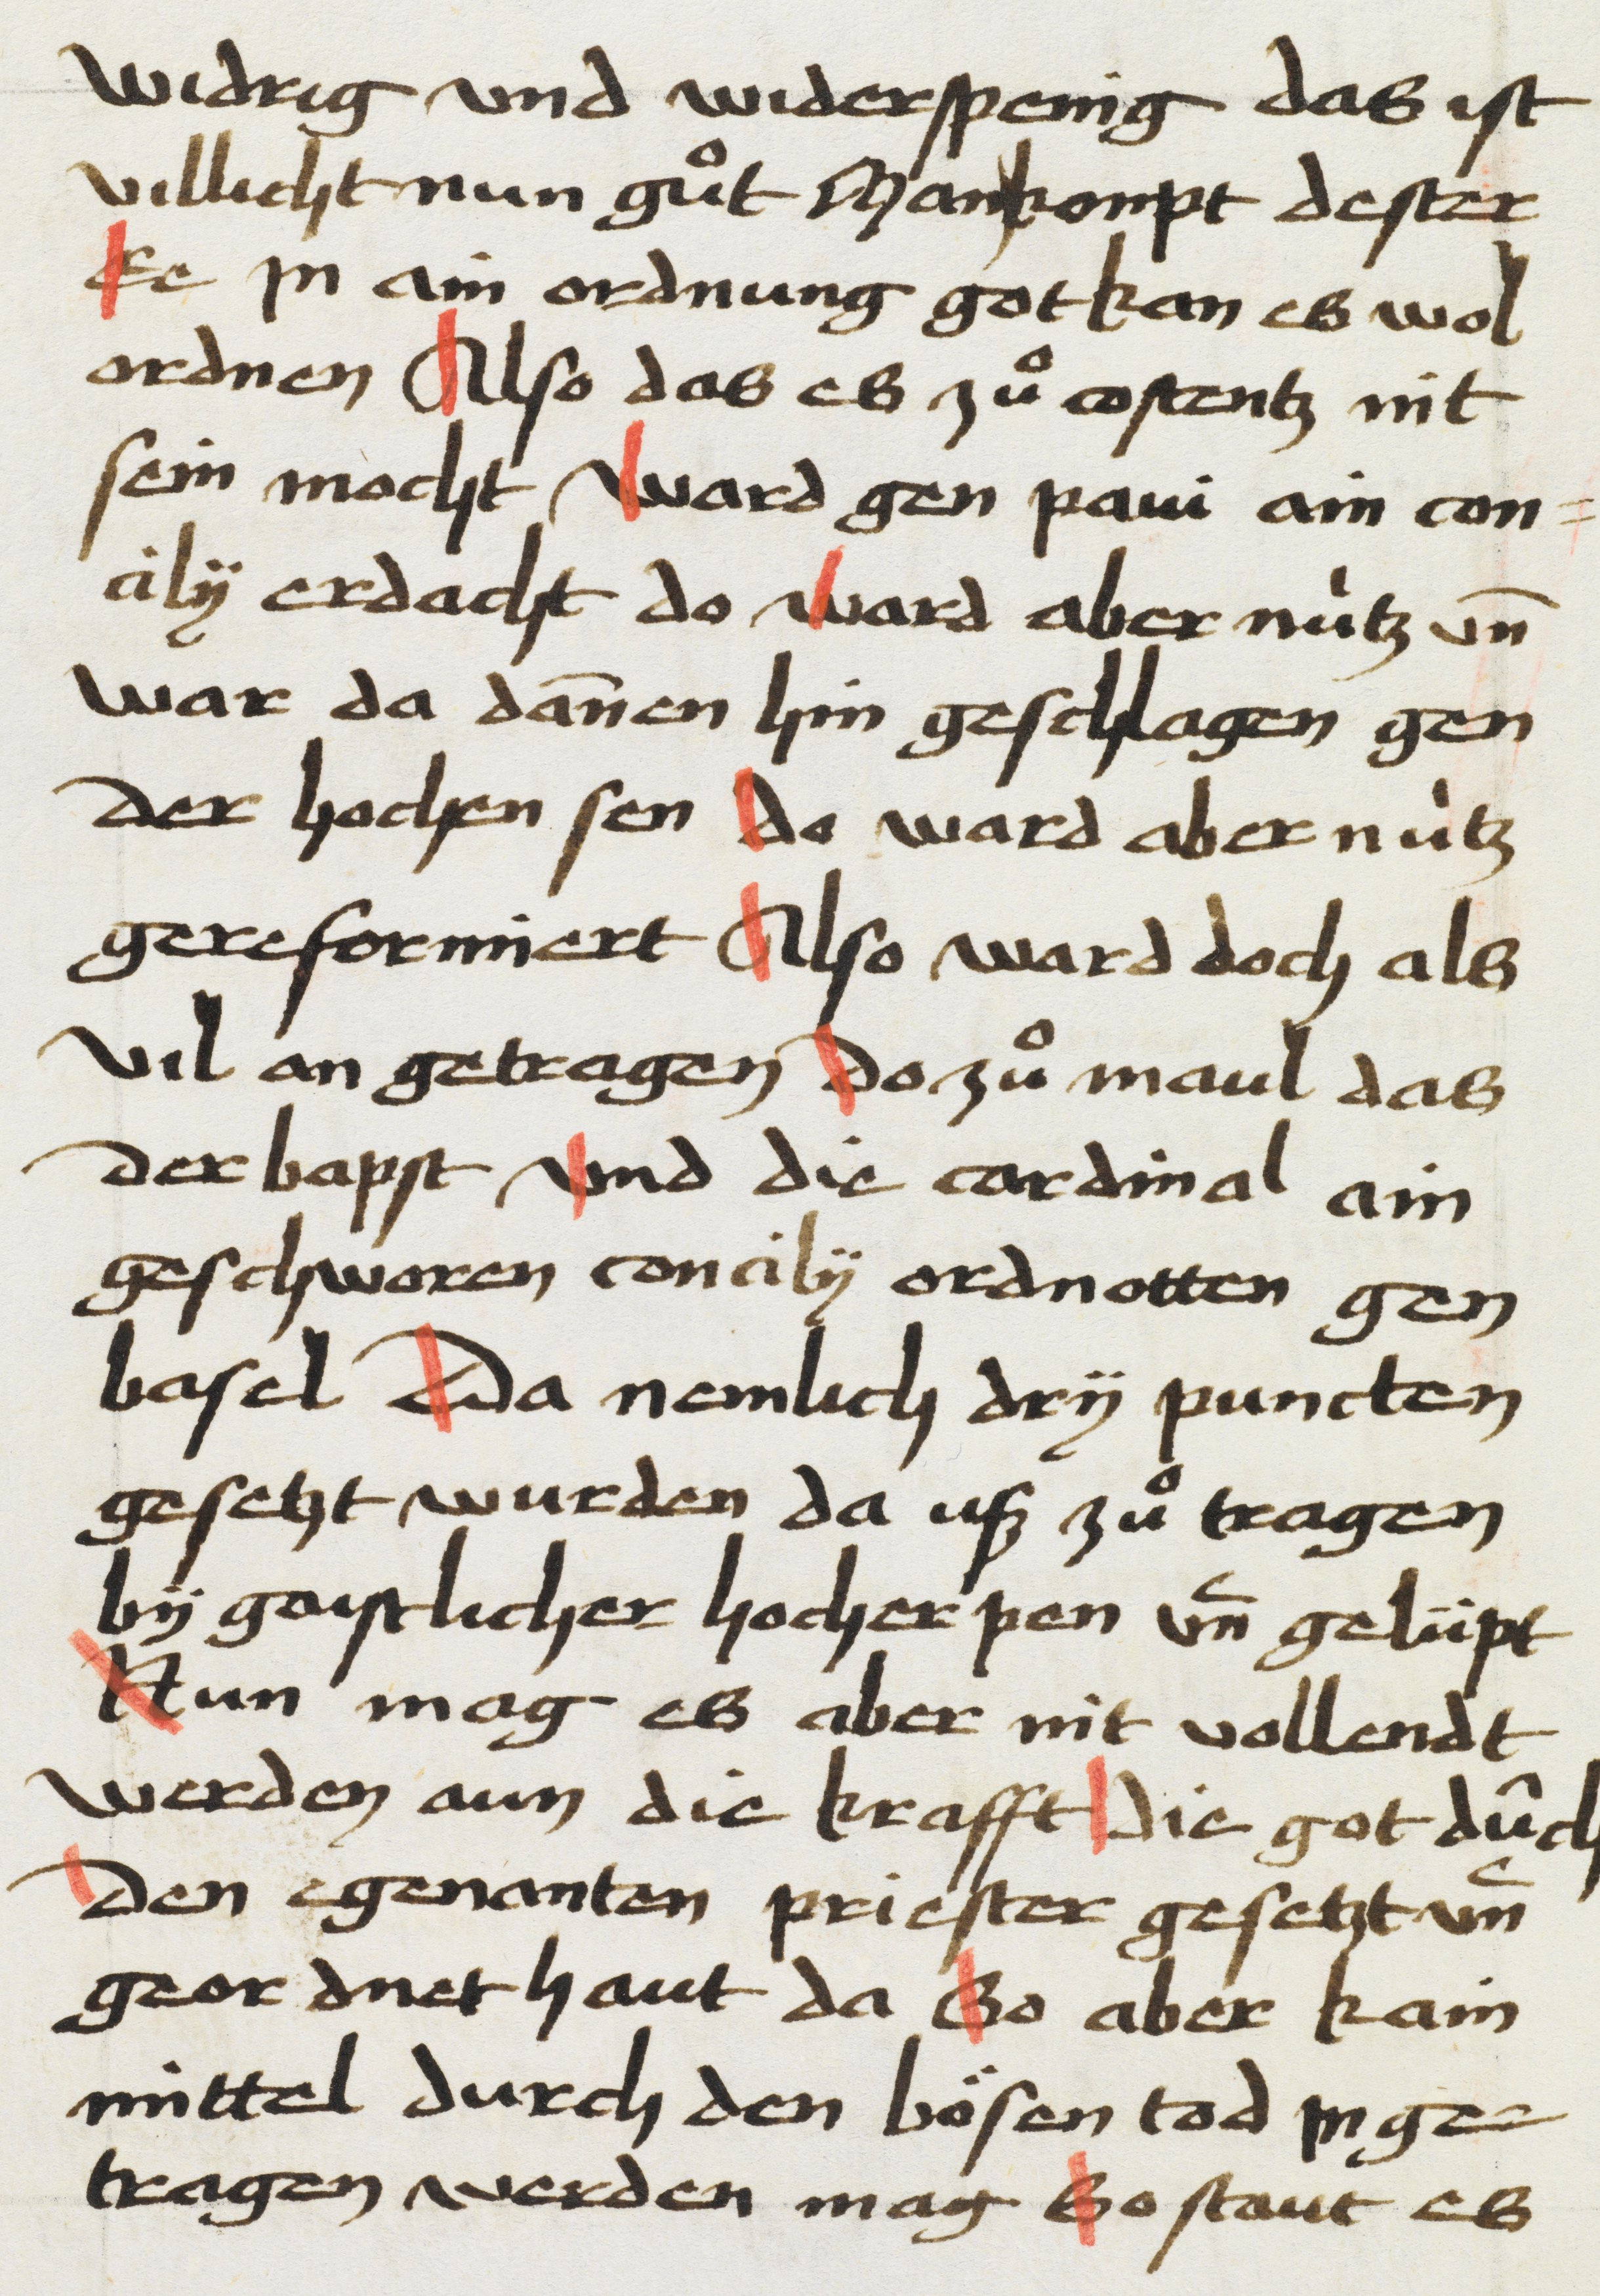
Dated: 1469–1469